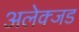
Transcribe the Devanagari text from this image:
अलेक्जड